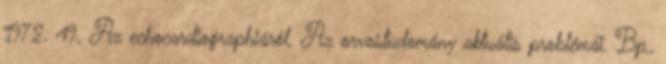
1972. 49. Az echocardiographiáról. Az orvostudomány aktuális problémái. Bp.,